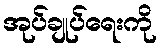
အုပ်ချုပ်ရေးကို